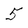
Character: 5